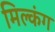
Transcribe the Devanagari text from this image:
मिल्कंग